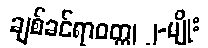
ချစ်ခင်ရာဝတ္ထု ၂-မျိုး